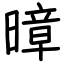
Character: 暲